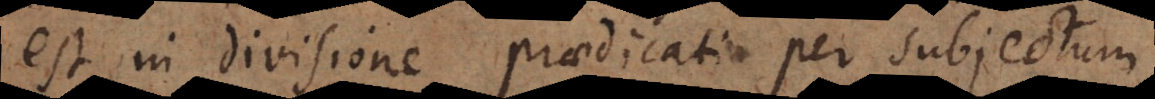
est in divisione praedicati per subjectum,